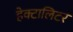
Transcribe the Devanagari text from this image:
हेक्टालिटर